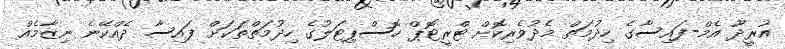
އުރީދޫ އެމް-ފައިސާގެ ހިދުމަތް މެދުވެރިކޮށް ޓްރީޓޮޕް ހޮސްޕިޓަލުގެ ހިދުމަތްތަކަށް ފައިސާ ދެއްކޭނެ ނިޒާމެއް